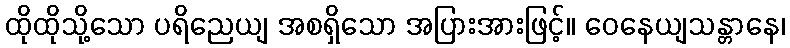
ထိုထိုသို့သော ပရိညေယျ အစရှိသော အပြားအားဖြင့်။ ဝေနေယျသန္တာနေ၊